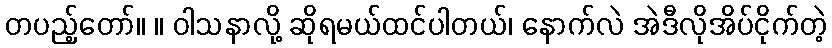
တပည့်တော်။ ။ ဝါသနာလို့ ဆိုရမယ်ထင်ပါတယ်၊ နောက်လဲ အဲဒီလိုအိပ်ငိုက်တဲ့